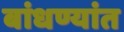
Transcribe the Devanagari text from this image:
बांधण्यांत